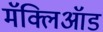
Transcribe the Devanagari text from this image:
मॅक्लिऑड